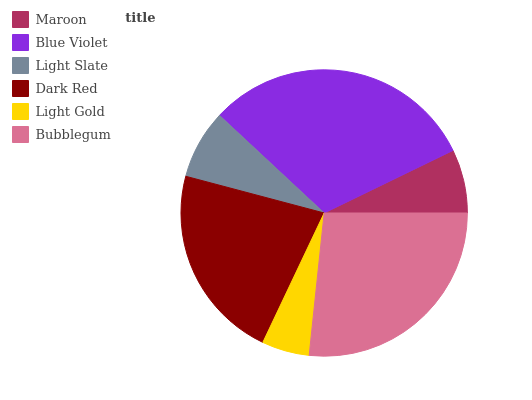
| Maroon | Blue Violet | Light Slate | Dark Red | Light Gold | Bubblegum |
 | --- | --- | --- | --- | --- | --- |
 | 7.18% | 30.8% | 7.8% | 22.1% | 5.37% | 26.7% |